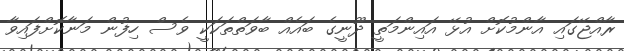
ރާއްޖޭގައި އާންމުކޮށް އުޅޭ އައިންމަތީ ދޫނީގެ ބައެއް ބާވަތްތަކަކީ ވެސް ހިފުން މަނާކޮށްފައިވާ